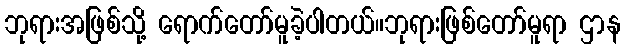
ဘုရားအဖြစ်သို့ ရောက်တော်မူခဲ့ပါတယ်။ဘုရားဖြစ်တော်မူရာ ဌာန